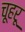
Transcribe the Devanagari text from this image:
चूहरू